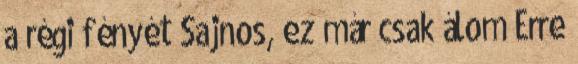
a régi fényét Sajnos, ez már csak álom Erre